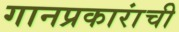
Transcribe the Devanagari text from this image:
गानप्रकारांची